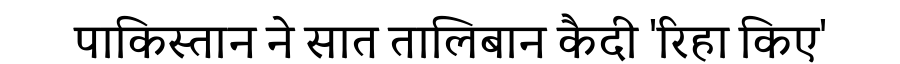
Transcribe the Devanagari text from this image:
पाकिस्तान ने सात तालिबान कैदी 'रिहा किए'